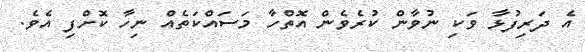
އެ ދަރިފުޅާ ވަކި ނުވާން ކުރެވެން އޮތްހާ މަސައްކަތެއް ނިހާ ކޮށްފި އެވެ.